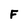
Character: F